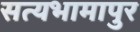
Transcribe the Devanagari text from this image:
सत्यभामापुर